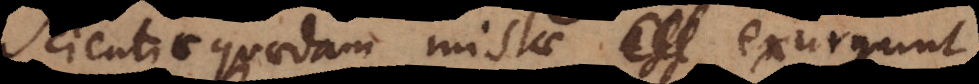
Scientiae quaedam mistae eff exurgunt,